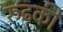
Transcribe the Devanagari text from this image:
रुढ़की